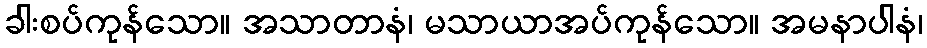
ခါးစပ်ကုန်သော။ အသာတာနံ၊ မသာယာအပ်ကုန်သော။ အမနာပါနံ၊